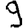
Digit: 9